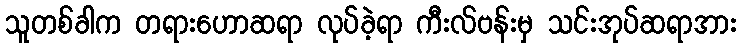
သူတစ်ခါက တရားဟောဆရာ လုပ်ခဲ့ရာ ကီးလ်ဗန်းမှ သင်းအုပ်ဆရာအား